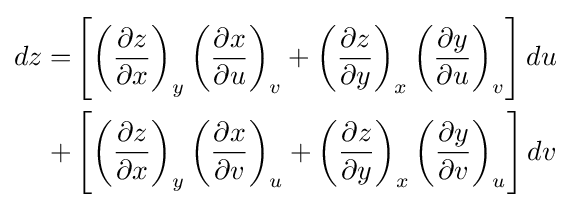
{\begin{aligned}dz=&\left[\left({\frac {\partial z}{\partial x}}\right)_{y}\left({\frac {\partial x}{\partial u}}\right)_{v}+\left({\frac {\partial z}{\partial y}}\right)_{x}\left({\frac {\partial y}{\partial u}}\right)_{v}\right]du\\+&\left[\left({\frac {\partial z}{\partial x}}\right)_{y}\left({\frac {\partial x}{\partial v}}\right)_{u}+\left({\frac {\partial z}{\partial y}}\right)_{x}\left({\frac {\partial y}{\partial v}}\right)_{u}\right]dv\end{aligned}}